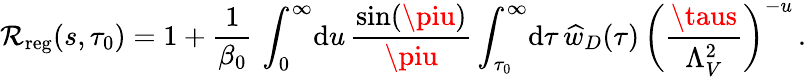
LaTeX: \mathcal{R}_{\mathrm{{reg}}}(s,\tau_{0})=1+{\frac{{1}}{{\beta_{0}}}}\, \int_{0}^{\infty}\! \mathrm{{d}}u\, {\frac{{\sin(\piu)}}{{\piu}}}\int_{\tau_{0}}^{\infty}\! \mathrm{{d}}\tau\, \widehat{w}_{D}(\tau)\, \bigg({\frac{{\taus}}{{\Lambda_{V}^{2}}}}\bigg)^{-u}\, .